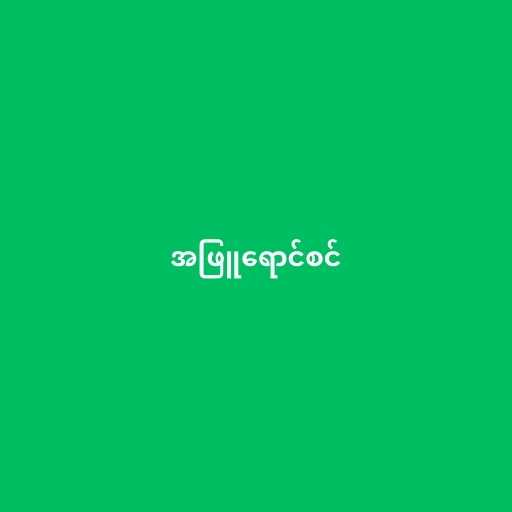
အဖြူရောင်စင်